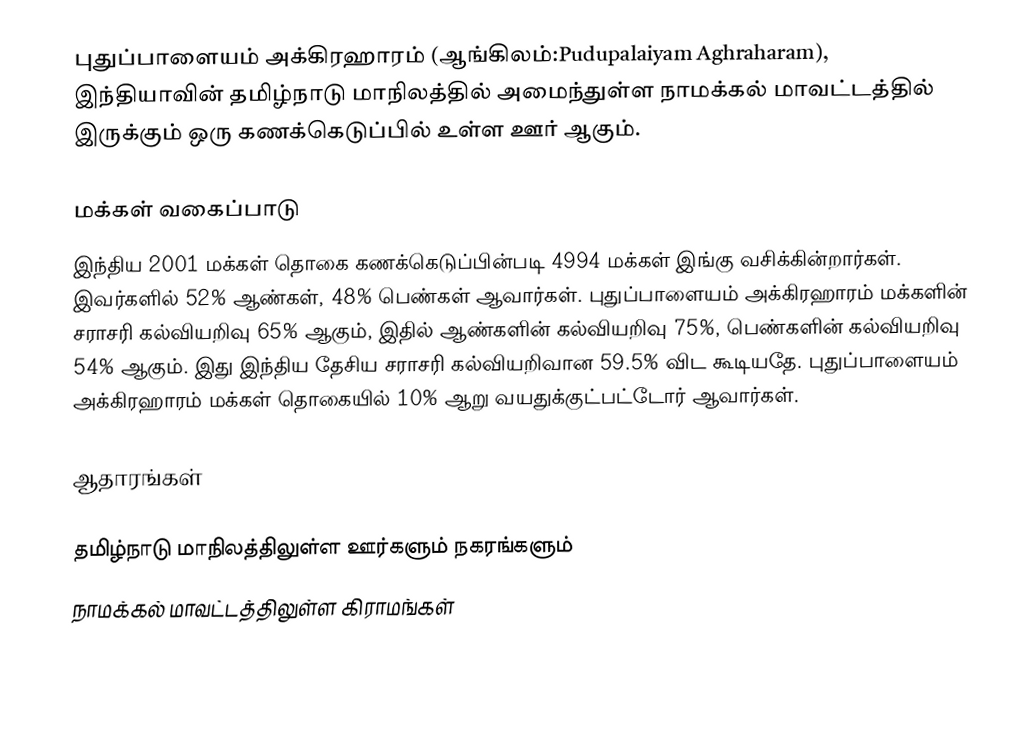
புதுப்பாளையம் அக்கிரஹாரம் (ஆங்கிலம்:Pudupalaiyam Aghraharam), இந்தியாவின் தமிழ்நாடு மாநிலத்தில் அமைந்துள்ள நாமக்கல் மாவட்டத்தில் இருக்கும் ஒரு கணக்கெடுப்பில் உள்ள ஊர்  ஆகும்.

மக்கள் வகைப்பாடு
இந்திய 2001 மக்கள் தொகை கணக்கெடுப்பின்படி 4994 மக்கள் இங்கு வசிக்கின்றார்கள். இவர்களில் 52% ஆண்கள், 48% பெண்கள் ஆவார்கள். புதுப்பாளையம் அக்கிரஹாரம் மக்களின் சராசரி கல்வியறிவு 65% ஆகும்,  இதில் ஆண்களின் கல்வியறிவு 75%,  பெண்களின் கல்வியறிவு 54% ஆகும். இது இந்திய தேசிய சராசரி கல்வியறிவான 59.5% விட கூடியதே. புதுப்பாளையம் அக்கிரஹாரம் மக்கள் தொகையில் 10%  ஆறு வயதுக்குட்பட்டோர் ஆவார்கள்.

ஆதாரங்கள்

 தமிழ்நாடு மாநிலத்திலுள்ள ஊர்களும் நகரங்களும்
நாமக்கல் மாவட்டத்திலுள்ள கிராமங்கள்